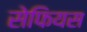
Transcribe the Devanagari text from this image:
सेफियस